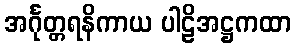
အင်္ဂုတ္တရနိကာယ ပါဠိအဋ္ဌကထာ